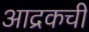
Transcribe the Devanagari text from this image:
आद्रकची